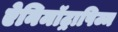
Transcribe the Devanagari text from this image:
ऐनिमॉट्रापिज्म